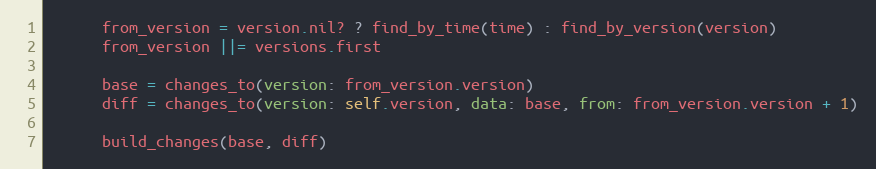
Language: Ruby
      from_version = version.nil? ? find_by_time(time) : find_by_version(version)
      from_version ||= versions.first

      base = changes_to(version: from_version.version)
      diff = changes_to(version: self.version, data: base, from: from_version.version + 1)

      build_changes(base, diff)